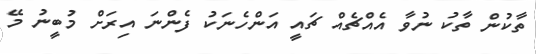
ތާކުން ތާކު ނުވާ އެއްޗެއް ޗައީ އަންހެނަކު ފެންނަ އިރަށް މުބީނު މޭ